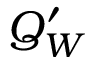
Q _ { W } ^ { \prime }